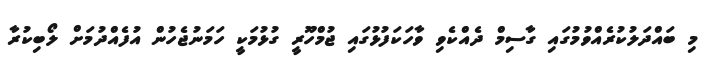
މި ބައްދަލުކުރެއްވުމުގައި ގާސިމް ދެއްކެވި ވާހަކަފުޅުގައި ޖުމްހޫރީ ގުޅުމަކީ ހަމަނުޖެހުން އުފެއްދުމަށް ލޯބިކުރާ